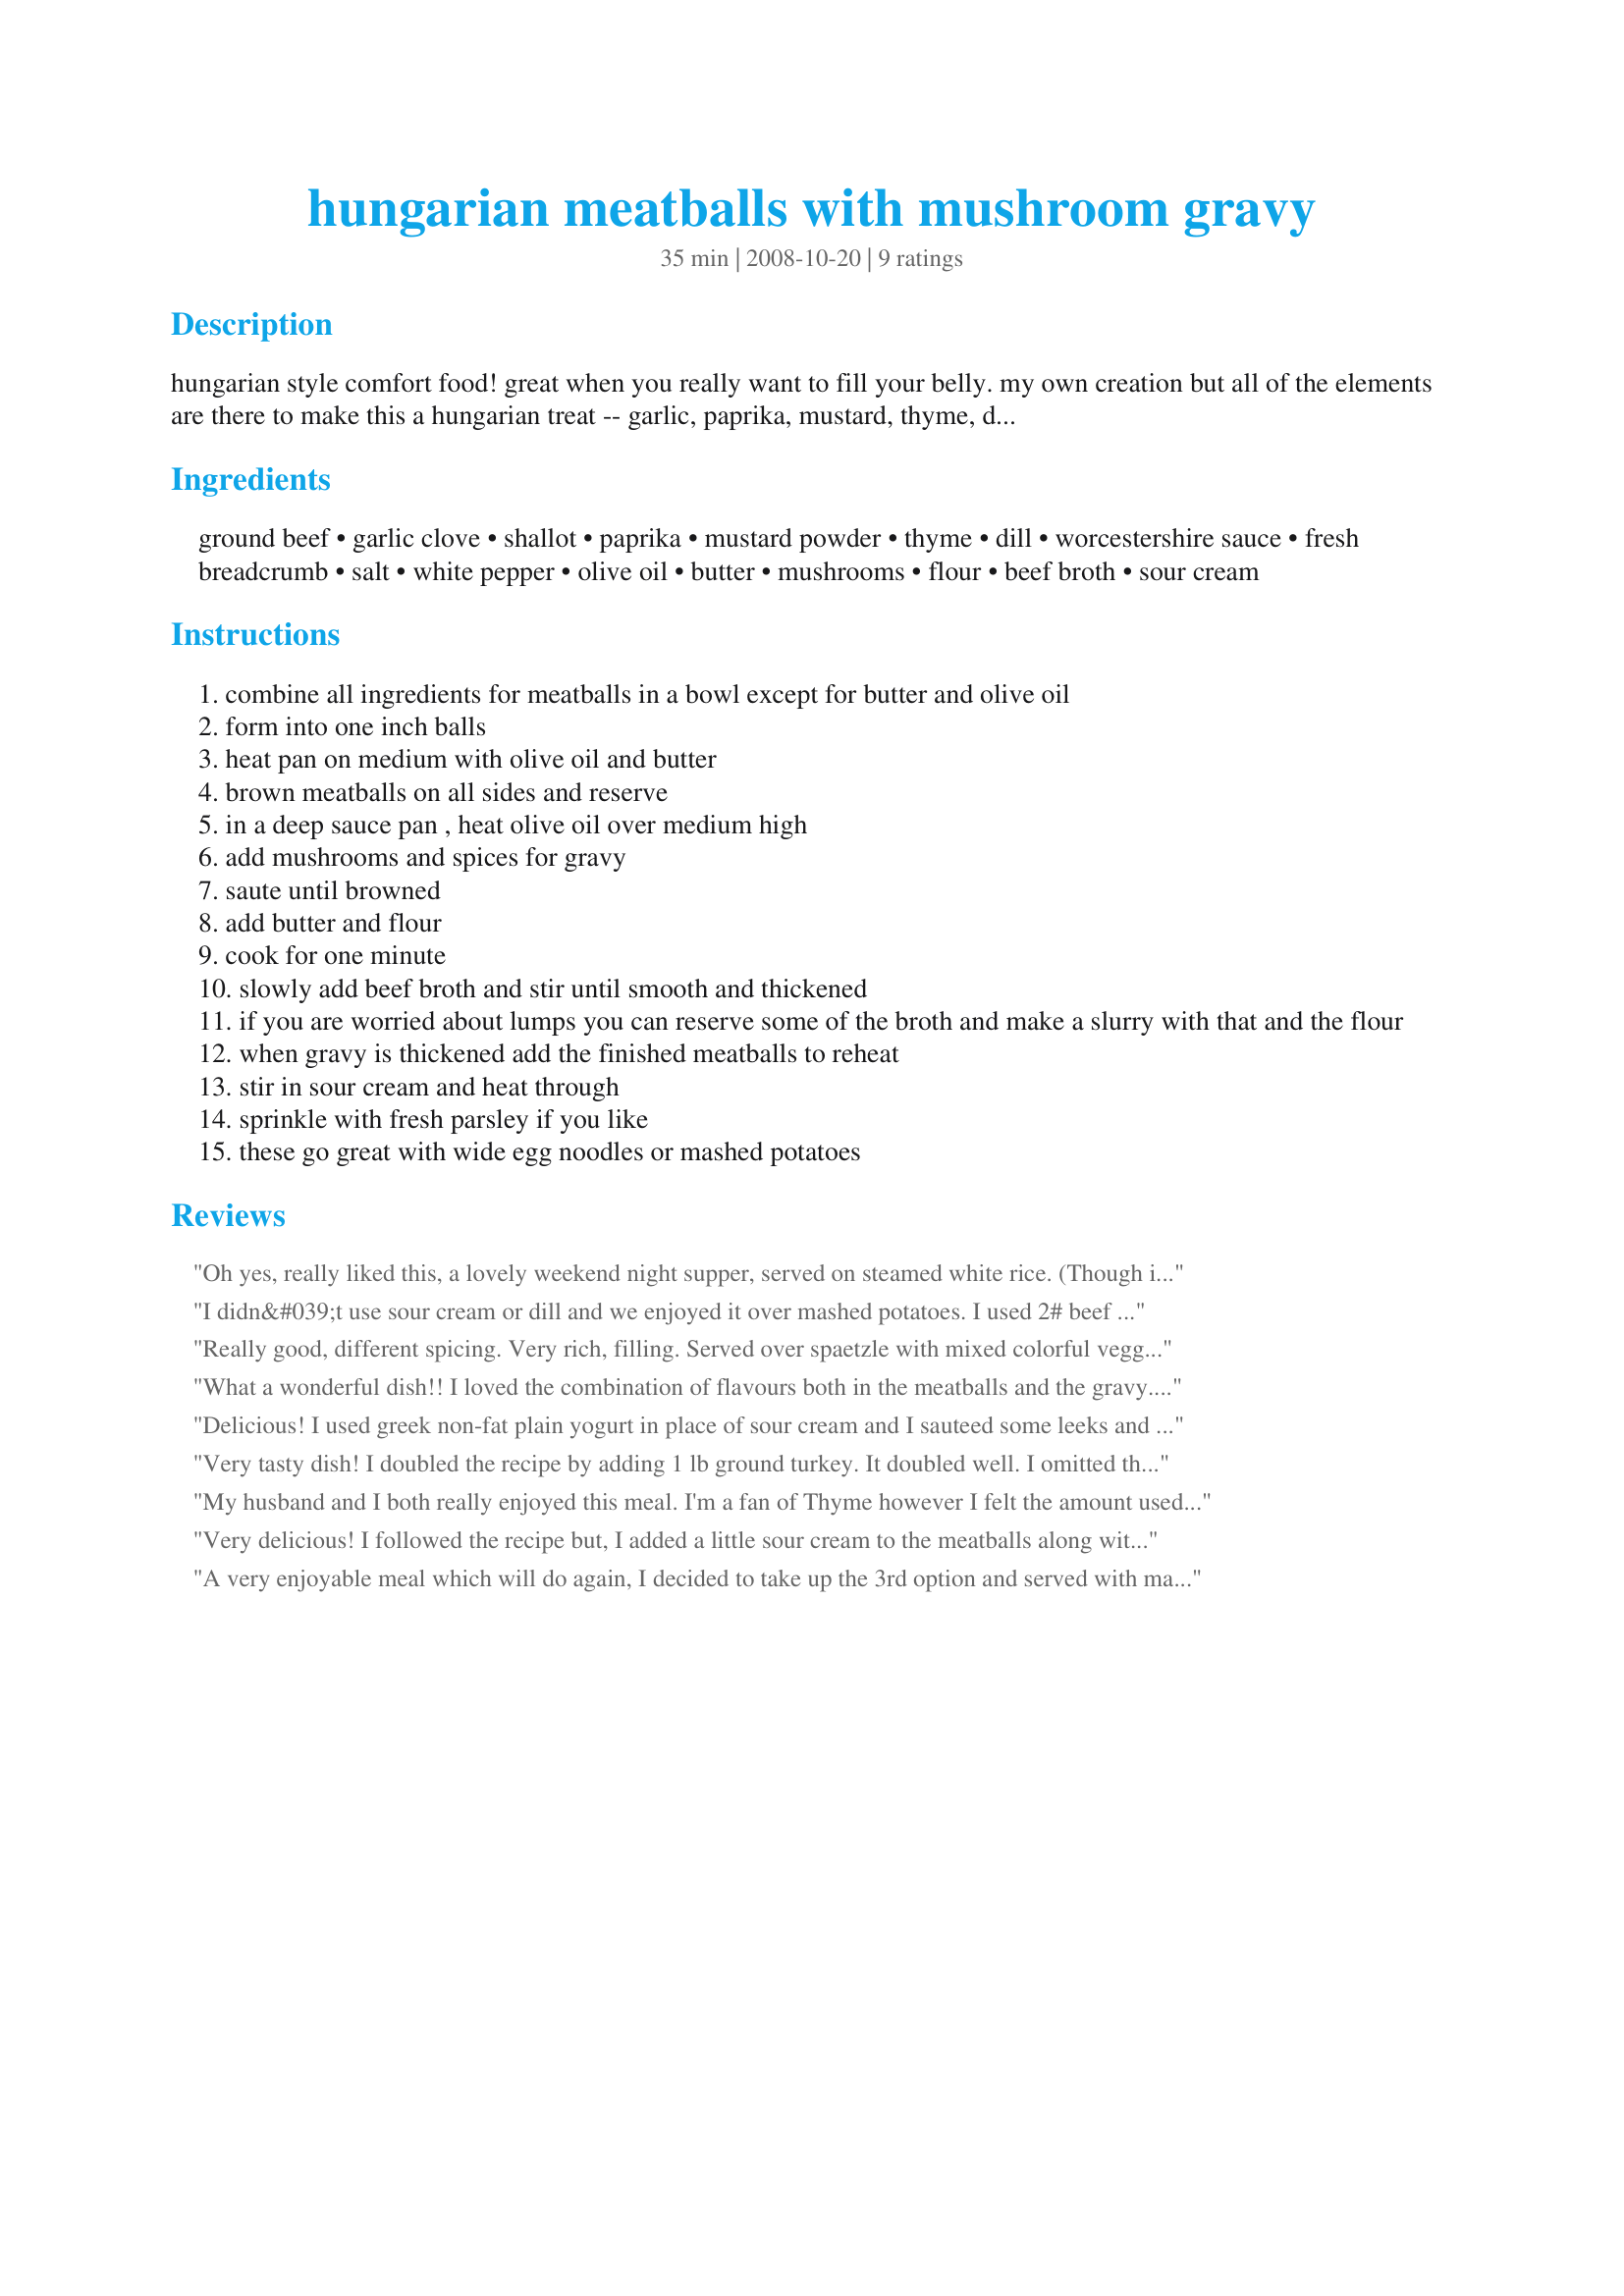
hungarian meatballs with mushroom gravy
Preparation time: 35 minutes

hungarian style comfort food! great when you really want to fill your belly. my own creation but all of the elements are there to make this a hungarian treat -- garlic, paprika, mustard, thyme, dill, white pepper, and sour cream. i use all dried herbs. you could certainly use fresh but your measurements would have to be altered.

Ingredients:
ground beef, garlic clove, shallot, paprika, mustard powder, thyme, dill, worcestershire sauce, fresh breadcrumb, salt, white pepper, olive oil, butter, mushrooms, flour, beef broth, sour cream

Steps:
combine all ingredients for meatballs in a bowl except for butter and olive oil
form into one inch balls
heat pan on medium with olive oil and butter
brown meatballs on all sides and reserve
in a deep sauce pan , heat olive oil over medium high
add mushrooms and spices for gravy
saute until browned
add butter and flour
cook for one minute
slowly add beef broth and stir until smooth and thickened
if you are worried about lumps you can reserve some of the broth and make a slurry with that and the flour
when gravy is thickened add the finished meatballs to reheat
stir in sour cream and heat through
sprinkle with fresh parsley if you like
these go great with wide egg noodles or mashed potatoes

Reviews:
Oh yes, really liked this, a lovely weekend night supper, served on steamed white rice. (Though it would be fabulous on noodles as well, but my family were a little noodled-out at the time).
I made exactly as directed, and it certainly is filling, i easily fed 6 on this.

Thanks for a lovely recipe!

Made for PAC Fall 2009
I didn&#039;t use sour cream or dill and we enjoyed it over mashed potatoes. I used 2# beef and doubled the recipe. Gravy seemed like the right quantity for the amount of meatballs. Thank you, I&#039;ll make again.
Really good, different spicing. Very rich, filling. Served over spaetzle with mixed colorful veggies & cranberries on the side. Thanks!
What a wonderful dish!! I loved the combination of flavours both in the meatballs and the gravy. I made this as written and the only change I made (personal preference) was I added hot pepper flakes to the gravy. Served this with noodles, steamed brussel sprouts and carrots from our garden. Thank you for sharing is great recipe. BTW...love your name...I can relate!!!
Delicious! I used greek non-fat plain yogurt in place of sour cream and I sauteed some leeks and used in the gravy.
Very tasty dish! I doubled the recipe by adding 1 lb ground turkey. It doubled well. I omitted the fresh bread crumbs and used some out of the can. Thanks for posting. Made for PAC Spring 2009
My husband and I both really enjoyed this meal. I'm a fan of Thyme however I felt the amount used in the meatballs was a tad too much in my opinion. The amount called for in the gravy was just right. Next time around I will modify accordingly. I doubled the amount of gravy in this dish and it turned out wonderfully. I suggest doubling the gravy, especially to provide 6 servings. Thank you for posting this recipe, I will definately make this again. :)
Very delicious! I followed the recipe but, I added a little sour cream to the meatballs along with a little caraway seed, dill seed, and celery seed to both the meatballs and the gravy. I used fresh dill instead of dried dill. I'll definitely make this again. Reminded me of beef stroganoff and swedish meatballs. I served it with sauteed cabbage and homemade egg noodles.
A very enjoyable meal which will do again, I decided to take up the 3rd option and served with mashed potatoe though if doing again would halve the sauce but keep the sauce the same for the noodles and definately the rice as it would certainly soak it up. I did use 750g of lean mince but kept everything else the same except omiting the thyme from the sauce as it is not our favourite herb and have found it can be overpowering. I did use a light sour cream and made up the gravy and then added the sour cream and mixed in well and then added to the meat balls which were being kept warm in a low heat oven. Thank you carbsfromhvn and Karen Elizabeth for her inspirational photo in PAC which made me make this recipe.
